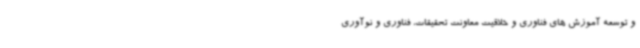
و توسعه آموزش های فناوری و خلاقیت معاونت تحقیقات، فناوری و نوآوری